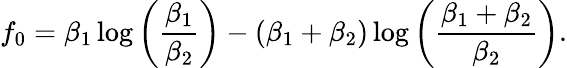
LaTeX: f_{0}=\beta_{1}\log{\left(\frac{\beta_{1}}{\beta_{2}}\right)}-\left(\beta_{1}+\beta_{2}\right)\log{\left(\frac{\beta_{1}+\beta_{2}}{\beta_{2}}\right)}.